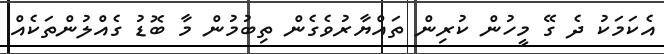
އެކަމަކު ދެ ގޭ މީހުން ކުރިން ތައްޔާރުވެގެން ތިބުމުން މާ ބޮޑު ގެއްލުންތަކެއް